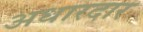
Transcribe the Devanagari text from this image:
अधारदार